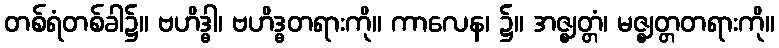
တစ်ရံတစ်ခါ၌။ ဗဟိဒ္ဓါ၊ ဗဟိဒ္ဓတရားကို။ ကာလေန၊ ၌။ အဇ္ဈတ္တံ၊ မဇ္ဈတ္တတရားကို။